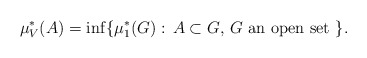
\begin{align*}\mu_V^*(A)=\inf\{ \mu_1^*(G):\, A\subset G, \, G \mbox{ an open set }\}.\end{align*}